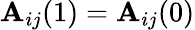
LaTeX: \mathbf{A}_{ij}(1)=\mathbf{A}_{ij}(0)